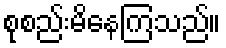
စုစည်းမိနေကြသည်။